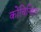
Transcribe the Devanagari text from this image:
कोचिन्हित